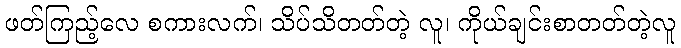
ဖတ်ကြည့်လေ စကားလက်၊ သိပ်သိတတ်တဲ့ လူ၊ ကိုယ်ချင်းစာတတ်တဲ့လူ